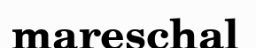
mareschal